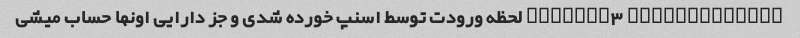
@hamedzz3 @shookhtarin لحظه ورودت توسط اسنپ خورده شدی و جز دارایی اونها حساب میشی